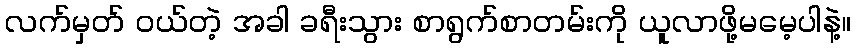
လက်မှတ် ဝယ်တဲ့ အခါ ခရီးသွား စာရွက်စာတမ်းကို ယူလာဖို့မမေ့ပါနဲ့။